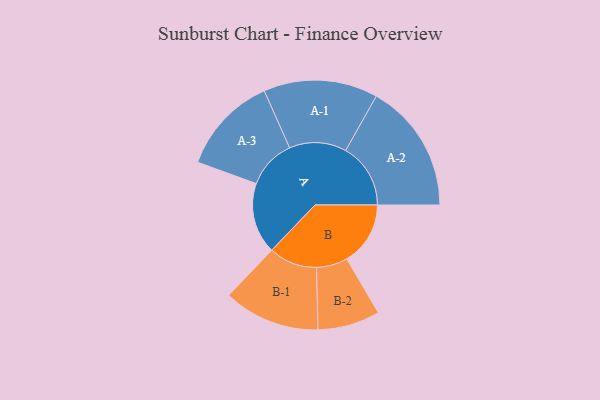
{"axis": {"x": "Segment", "y": "Value"}, "legend": ["", "A", "B"], "data": [{"x": "A", "y": 235, "type": ""}, {"x": "B", "y": 211, "type": ""}, {"x": "A-1", "y": 189, "type": "A"}, {"x": "A-2", "y": 215, "type": "A"}, {"x": "A-3", "y": 163, "type": "A"}, {"x": "B-1", "y": 160, "type": "B"}, {"x": "B-2", "y": 103, "type": "B"}]}